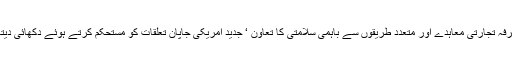
دو طرفہ تجارتی معاہدے اور متعدد طریقوں سے باہمی سلامتی کا تعاون ‘ جدید امریکی جاپان تعلقات کو مستحکم کرتے ہوئے دکھائی دیتا ہے۔